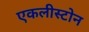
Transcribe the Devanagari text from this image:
एकलीस्टोन